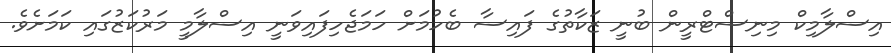
އިސްލާމިކް މިނިސްޓްރީން ބުނީ ޒަކާތުގެ ފައިސާ ބެހުމަށް ހަމަޖެހިފައިވަނީ އިސްލާމީ މަރުކަޒުގައި ކަމަށެވެ.